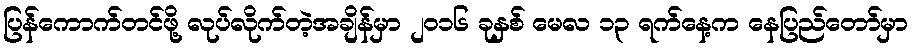
ပြန်ကောက်တင်ဖို့ လုပ်လိုက်တဲ့အချိန်မှာ ၂၀၁၆ ခုနှစ် မေလ ၁၃ ရက်နေ့က နေပြည်တော်မှာ